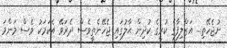
ނުޖެހޭތި... އަޒްލިފާގެ ކުރީގެ ކުދިން ޙާލުގައި ޖެހޭނެތީވެސް ދެރަވޭ އެކަމަކު ވެސް މަންމަ